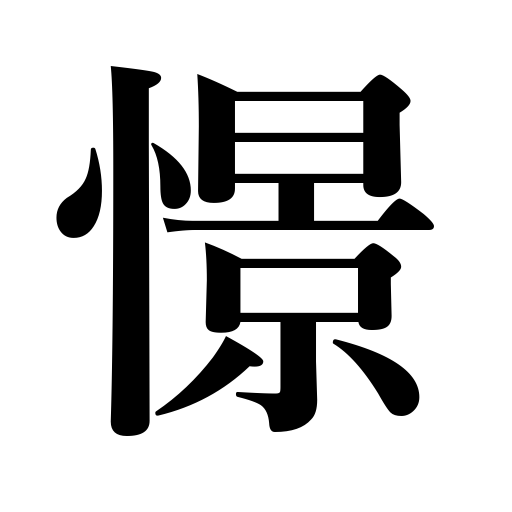
Meanings: long for